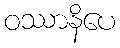
ဝဿာနိပေ